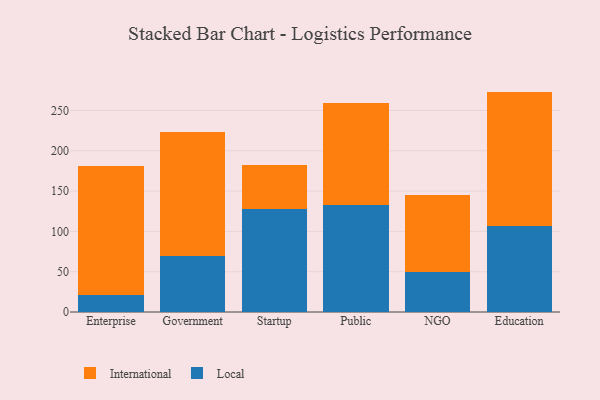
{"axis": {"x": "Segment", "y": "Waste Production (Tons)"}, "legend": ["International", "Local"], "data": [{"x": "Enterprise", "y": 21.0, "type": "Local"}, {"x": "Enterprise", "y": 160.7, "type": "International"}, {"x": "Government", "y": 70.0, "type": "Local"}, {"x": "Government", "y": 153.3, "type": "International"}, {"x": "Startup", "y": 128.1, "type": "Local"}, {"x": "Startup", "y": 54.1, "type": "International"}, {"x": "Public", "y": 132.9, "type": "Local"}, {"x": "Public", "y": 125.8, "type": "International"}, {"x": "NGO", "y": 50.0, "type": "Local"}, {"x": "NGO", "y": 95.4, "type": "International"}, {"x": "Education", "y": 107.1, "type": "Local"}, {"x": "Education", "y": 166.3, "type": "International"}]}